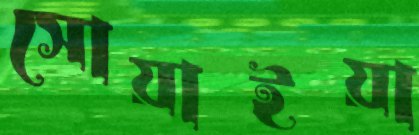
সোয়াইয়া